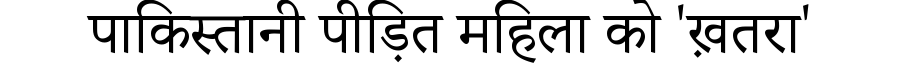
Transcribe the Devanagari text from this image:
पाकिस्तानी पीड़ित महिला को 'ख़तरा'